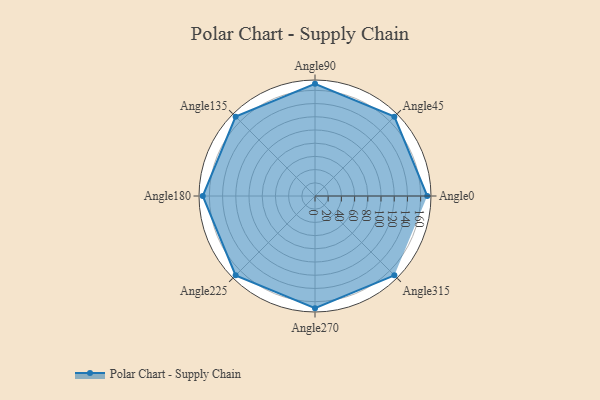
{"axis": {"x": "Angle", "y": "Radius"}, "legend": [""], "data": [{"x": "Angle0", "y": 170, "type": ""}, {"x": "Angle45", "y": 170, "type": ""}, {"x": "Angle90", "y": 170, "type": ""}, {"x": "Angle135", "y": 170, "type": ""}, {"x": "Angle180", "y": 170, "type": ""}, {"x": "Angle225", "y": 170, "type": ""}, {"x": "Angle270", "y": 170, "type": ""}, {"x": "Angle315", "y": 170, "type": ""}]}